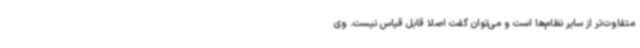
متفاوت‌تر از سایر نظام‌ها است و می‌توان گفت اصلا قابل قیاس نیست. وی